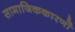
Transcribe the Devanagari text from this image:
सामाजिककारणों